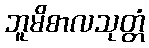
ဘူမိစာလသုတ္တံ